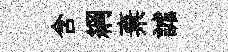
含綱棄謔